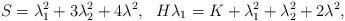
LaTeX: \begin{align*}S=\lambda_{1}^{2}+3\lambda_{2}^{2}+4\lambda^2, \ \ H\lambda_{1}=K+\lambda_{1}^{2}+\lambda_{2}^{2}+2\lambda^2,\end{align*}